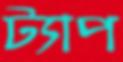
ট্যাপ